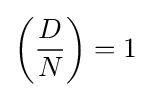
\left({\frac {D}{N}}\right)=1